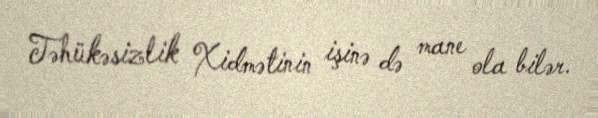
Təhükəsizlik Xidmətinin işinə də mane ola bilər.